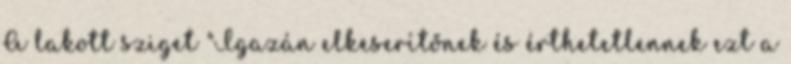
A lakott sziget "Igazán elkeserítőnek és érthetetlennek ezt a